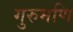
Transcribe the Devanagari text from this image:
गुरुमणि